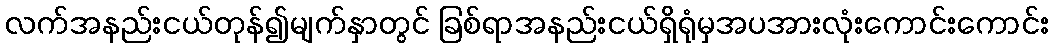
လက်အနည်းငယ်တုန်၍မျက်နှာတွင် ခြစ်ရာအနည်းငယ်ရှိရုံမှအပအားလုံးကောင်းကောင်း